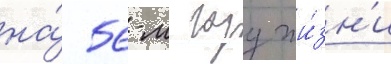
на́ 56-м году жи́зн'и